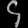
Digit: ၄